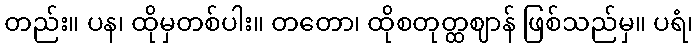
တည်း။ ပန၊ ထိုမှတစ်ပါး။ တတော၊ ထိုစတုတ္ထဈာန် ဖြစ်သည်မှ။ ပရံ၊